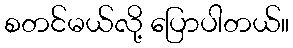
စတင်မယ်လို့ ပြောပါတယ်။